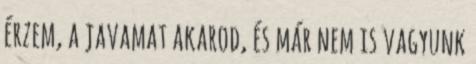
érzem, a javamat akarod, és már nem is vagyunk